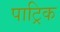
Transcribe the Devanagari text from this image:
पाट्रिक